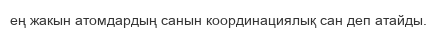
ең жакын атомдардың санын координациялық сан деп атайды.